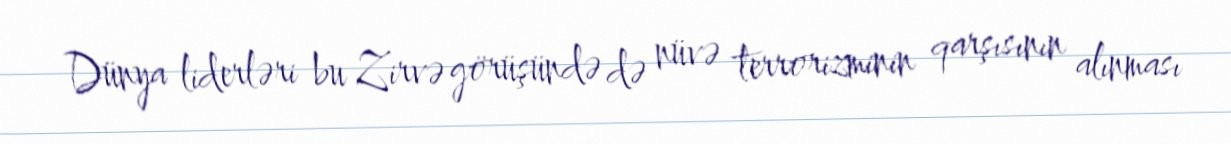
Dünya liderləri bu Zirvə görüşündə də nüvə terrorizminin qarşısının alınması